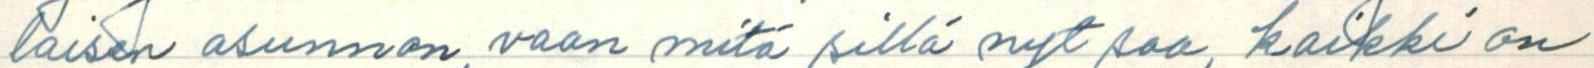
laisen asunnon, vaan mitä sillä nyt saa, kaikki on